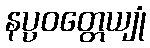
နပ္ပဝတ္တေယျုံ